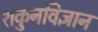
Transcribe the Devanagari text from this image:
शकुनविज्ञान